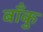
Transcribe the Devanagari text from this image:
बाँकु